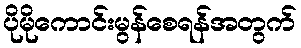
ပိုမိုကောင်းမွန်စေရန်အတွက်